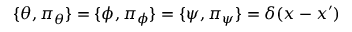
\{ \theta , \pi _ { \theta } \} = \{ \phi , \pi _ { \phi } \} = \{ \psi , \pi _ { \psi } \} = \delta ( x - x ^ { \prime } )